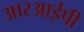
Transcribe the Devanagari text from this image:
आरआईपी